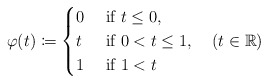
\begin{align*}\varphi(t)\coloneqq\begin{cases}0 & \mbox{ if }t\leq0,\\t & \mbox{ if }0<t\leq1,\\1 & \mbox{ if }1<t\end{cases}\quad(t\in\mathbb{R})\end{align*}